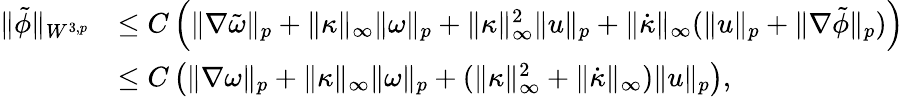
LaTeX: \begin{array}{rl}{\| \tilde{\phi}\| _{W^{3,p}}}&{\leq C\left(\| \nabla\tilde{\omega}\| _{p}+\| \kappa\| _{\infty}\| \omega\| _{p}+\| \kappa\| _{\infty}^{2}\| u\| _{p}+\| \dot{\kappa}\| _{\infty}(\| u\| _{p}+\| \nabla\tilde{\phi}\| _{p})\right)}\\ &{\leq C\left(\| \nabla\omega\| _{p}+\| \kappa\| _{\infty}\| \omega\| _{p}+(\| \kappa\| _{\infty}^{2}+\| \dot{\kappa}\| _{\infty})\| u\| _{p}\right),}\end{array}